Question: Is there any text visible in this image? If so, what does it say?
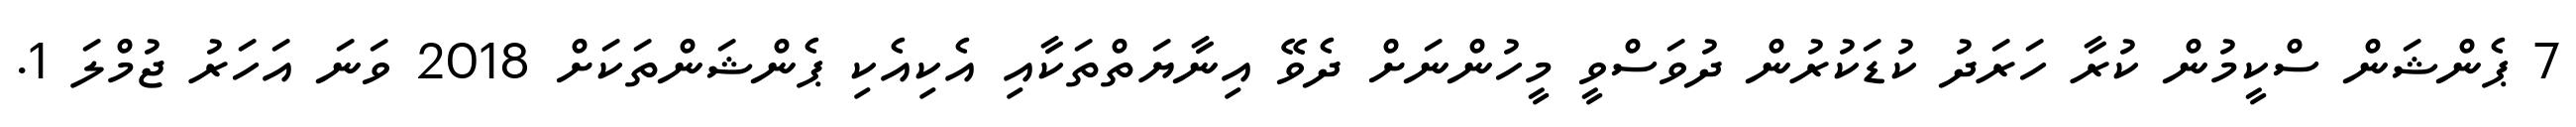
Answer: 7 ޕެންޝަން ސްކީމުން ކުރާ ހަރަދު ކުޑަކުރުން ދުވަސްވީ މީހުންނަށް ދެވޭ އިނާޔަތްތަކާއި އެކިއެކި ޕެންޝަންތަކަށް 2018 ވަނަ އަހަރު ޖުމްލަ 1.